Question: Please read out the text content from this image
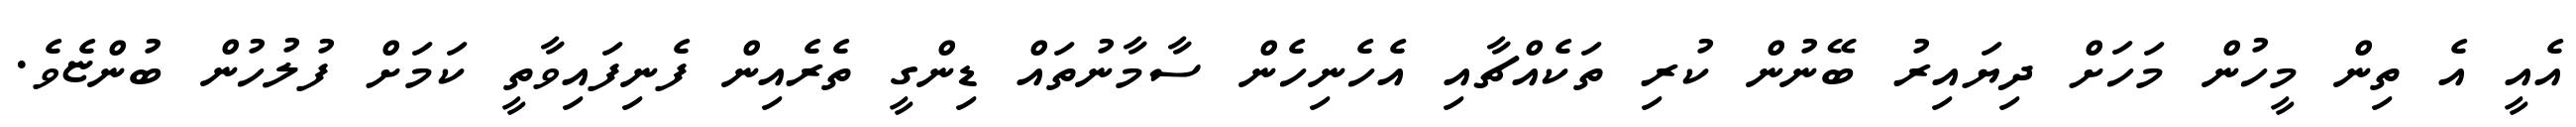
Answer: އެއީ އެ ތިން މީހުން މަހަށް ދިޔައިރު ބޭނުން ކުރި ތަކެއްޗާއި އެހެނިހެން ސާމާނުތައް ޑިންގީ ތެރެއިން ފެނިފައިވާތީ ކަމަށް ފުލުހުން ބުންޏެވެ.